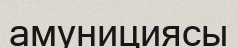
амунициясы